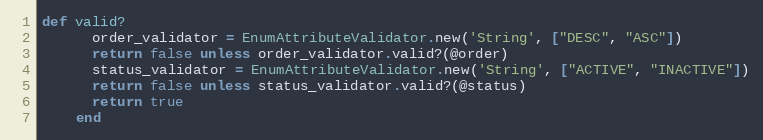
Language: Ruby
def valid?
      order_validator = EnumAttributeValidator.new('String', ["DESC", "ASC"])
      return false unless order_validator.valid?(@order)
      status_validator = EnumAttributeValidator.new('String', ["ACTIVE", "INACTIVE"])
      return false unless status_validator.valid?(@status)
      return true
    end